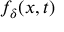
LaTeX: f _ { \delta } ( x , t )